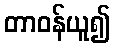
တာဝန်ယူ၍